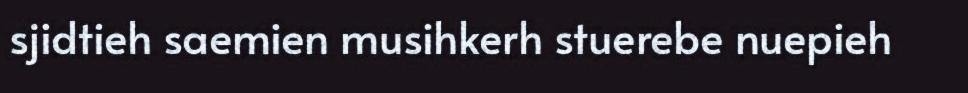
sjidtieh saemien musihkerh stuerebe nuepieh